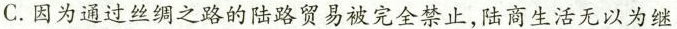
C.因为通过丝绸之路的陆路贸易被完全禁止，陆商生活无以为继